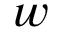
w